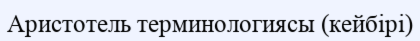
Аристотель терминологиясы (кейбірі)